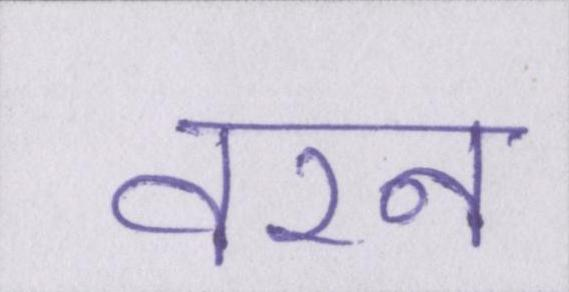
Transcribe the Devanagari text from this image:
वरन